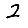
Digit: 2